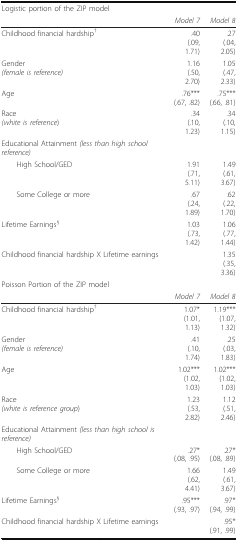
<table><thead><tr><td><b>Logistic portion of the ZIP model</b></td><td></td><td></td></tr><tr><td></td><td><b><i>Model 7</i></b></td><td><b><i>Model 8</i></b></td></tr></thead><tbody><tr><td>Childhood financial hardship<sup>†</sup></td><td>.40(.09, 1.71)</td><td>.27(.04, 2.05)</td></tr><tr><td>Gender<i>(female is reference)</i></td><td>1.16(.50, 2.70)</td><td>1.05(.47, 2.33)</td></tr><tr><td>Age</td><td>.76***(.67, .82)</td><td>.75***(.66, .81)</td></tr><tr><td>Race<i>(white is reference</i>)</td><td>.34(.10, 1.23)</td><td>.34(.10, 1.15)</td></tr><tr><td>Educational Attainment <i>(less than high school reference)</i></td><td></td><td></td></tr><tr><td> High School/GED</td><td>1.91(.71, 5.11)</td><td>1.49(.61, 3.67)</td></tr><tr><td> Some College or more</td><td>.67(.24, 1.89)</td><td>.62(.22, 1.70)</td></tr><tr><td>Lifetime Earnings<sup>§</sup></td><td>1.03(.73, 1.42)</td><td>1.06(.77, 1.44)</td></tr><tr><td>Childhood financial hardship X Lifetime earnings</td><td></td><td>1.35(.35, 3.36)</td></tr><tr><td colspan="3">Poisson Portion of the ZIP model</td></tr><tr><td></td><td><i>Model 7</i></td><td><i>Model 8</i></td></tr><tr><td>Childhood financial hardship<sup>†</sup></td><td>1.07*(1.01, 1.13)</td><td>1.19***(1.07, 1.32)</td></tr><tr><td>Gender<i>(female is reference)</i></td><td>.41(.10, 1.74)</td><td>.25(.03, 1.83)</td></tr><tr><td>Age</td><td>1.02***(1.02, 1.03)</td><td>1.02***(1.02, 1.03)</td></tr><tr><td>Race<i>(white is reference group</i>)</td><td>1.23(.53, 2.82)</td><td>1.12(.51, 2.46)</td></tr><tr><td>Educational Attainment <i>(less than high school is reference)</i></td><td></td><td></td></tr><tr><td> High School/GED</td><td>.27*(.08, .95)</td><td>.27*(.08, .89)</td></tr><tr><td> Some College or more</td><td>1.66(.62, 4.41)</td><td>1.49(.61, 3.67)</td></tr><tr><td>Lifetime Earnings<sup>§</sup></td><td>.95***(.93, .97)</td><td>.97*(.94, .99)</td></tr><tr><td>Childhood financial hardship X Lifetime earnings</td><td></td><td>.95*(.91, .99)</td></tr></tbody></table>